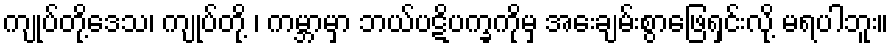
ကျုပ်တို့ဒေသ၊ ကျုပ်တို့ ၊ ကမ္ဘာမှာ ဘယ်ပဋိပက္ခကိုမှ အေးချမ်းစွာဖြေရှင်းလို့ မရပါဘူး။